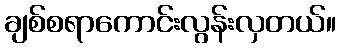
ချစ်စရာကောင်းလွန်းလှတယ်။